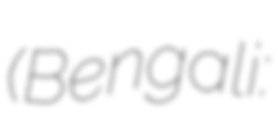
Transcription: (Bengali: